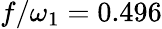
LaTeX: f/\omega_{1}=0.496